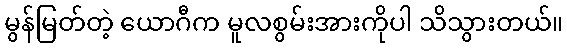
မွန်မြတ်တဲ့ ယောဂီက မူလစွမ်းအားကိုပါ သိသွားတယ်။